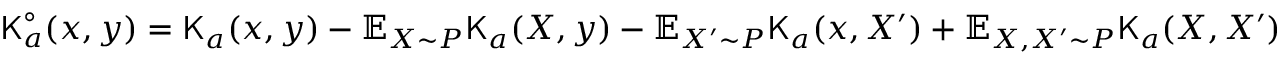
\begin{array} { r } { { \mathsf K } _ { a } ^ { \circ } ( x , y ) = { \mathsf K } _ { a } ( x , y ) - \mathbb { E } _ { X \sim P } { \mathsf K } _ { a } ( X , y ) - \mathbb { E } _ { X ^ { \prime } \sim P } { \mathsf K } _ { a } ( x , X ^ { \prime } ) + \mathbb { E } _ { X , X ^ { \prime } \sim P } { \mathsf K } _ { a } ( X , X ^ { \prime } ) } \end{array}